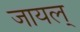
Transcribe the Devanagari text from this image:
जायल्